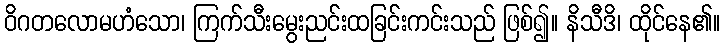
ဝိဂတလောမဟံသော၊ ကြက်သီးမွေးညင်းထခြင်းကင်းသည် ဖြစ်၍။ နိသီဒိ၊ ထိုင်နေ၏။